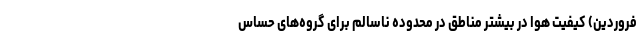
فروردین) کیفیت هوا در بیشتر مناطق در محدوده ناسالم برای گروه‌های حساس